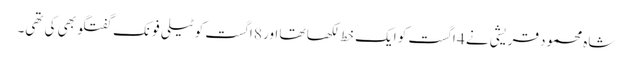
شاہ محمود قریشی نے 4 اگست کو ایک خط لکھا تھا اور 8 اگست کو ٹیلی فونک گفتگو بھی کی تھی۔